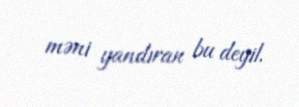
məni yandıran bu deyil.